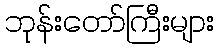
ဘုန်းတော်ကြီးများ